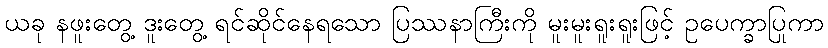
ယခု နဖူးတွေ့ ဒူးတွေ့ ရင်ဆိုင်နေရသော ပြဿနာကြီးကို မူးမူးရူးရူးဖြင့် ဥပေက္ခာပြုကာ